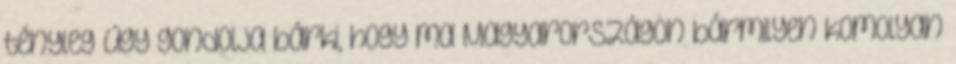
tényleg úgy gondolja bárki, hogy ma Magyarországon bármilyen komolyan